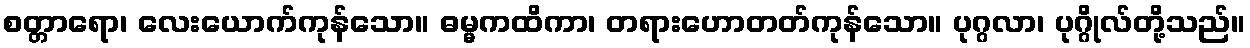
စတ္တာရော၊ လေးယောက်ကုန်သော။ ဓမ္မကထိကာ၊ တရားဟောတတ်ကုန်သော။ ပုဂ္ဂလာ၊ ပုဂ္ဂိုလ်တို့သည်။